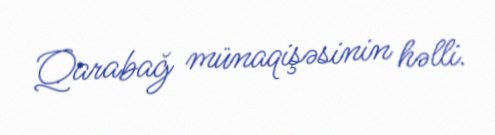
Qarabağ münaqişəsinin həlli.